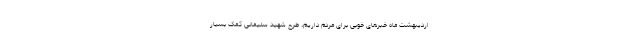
اردیبهشت ماه خبر‌های خوبی برای مردم داریم، طرح شهید سلیمانی کمک بسیار